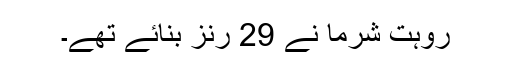
روہت شرما نے 29 رنز بنائے تھے۔